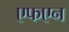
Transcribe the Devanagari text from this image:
एफएन